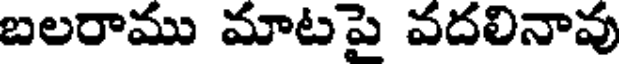
బలరాము మాటపై వదలినావు